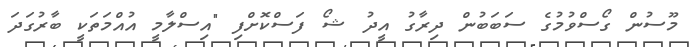
މޫސުން ގޯސްވުމުގެ ސަބަބުން ދިރާގު އީދު ޝޯ ފަސްކޮށްފި "އިސްލާމީ އުއްމަތަކީ ބާރުގަދަ